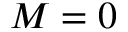
M = 0